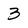
Character: 3